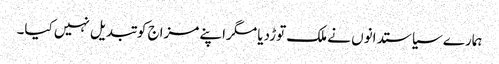
ہمارے سیاستدانوں نے ملک توڑدیا مگراپنے مزاج کو تبدیل نہیں کیا۔